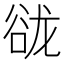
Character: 𰶑